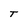
Character: T